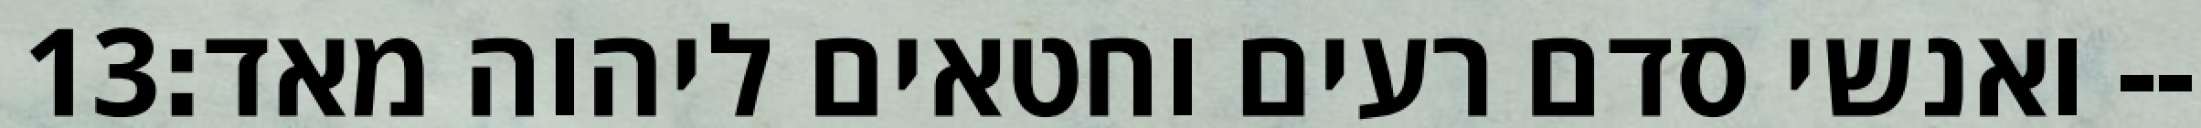
‎13‏ ואנשי סדם רעים וחטאים ליהוה מאד׃--